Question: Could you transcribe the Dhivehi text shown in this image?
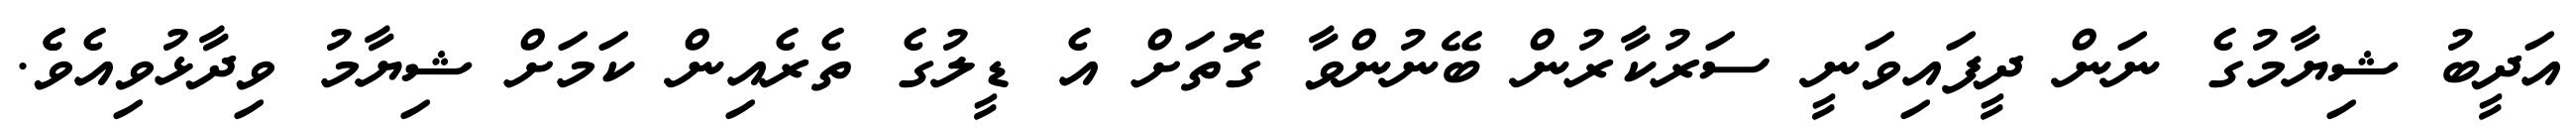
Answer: އަދީބު ޝިޔާމުގެ ނަން ދީފައިވަނީ ސަރުކާރުން ބޭނުންވާ ގޮތަށް އެ ޑީލުގެ ތެރެއިން ކަމަށް ޝިޔާމު ވިދާޅުވިއެވެެ.